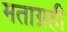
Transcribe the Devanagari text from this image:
मताग्रही